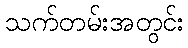
သက်တမ်းအတွင်း